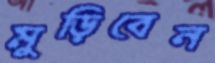
মুড়িবেন